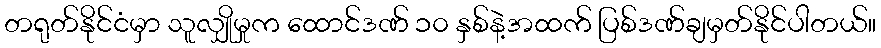
တရုတ်နိုင်ငံမှာ သူလျှိုမှုက ထောင်ဒဏ် ၁၀ နှစ်နဲ့အထက် ပြစ်ဒဏ်ချမှတ်နိုင်ပါတယ်။